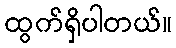
ထွက်ရှိပါတယ်။